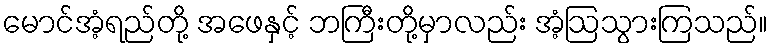
မောင်အံ့ရည်တို့ အဖေနှင့် ဘကြီးတို့မှာလည်း အံ့ဩသွားကြသည်။